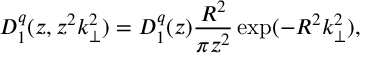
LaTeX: D _ { 1 } ^ { q } ( z , z ^ { 2 } k _ { \perp } ^ { 2 } ) = D _ { 1 } ^ { q } ( z ) \frac { R ^ { 2 } } { \pi z ^ { 2 } } \exp ( - R ^ { 2 } k _ { \perp } ^ { 2 } ) ,